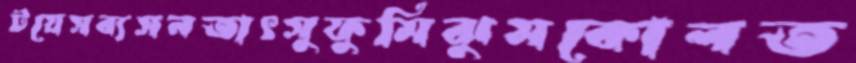
টয়েসব্যসনতাৎসুফুমিঝুমকোলত